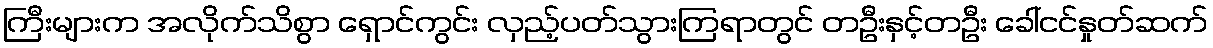
ကြီးများက အလိုက်သိစွာ ရှောင်ကွင်း လှည့်ပတ်သွားကြရာတွင် တဦးနှင့်တဦး ခေါ်ငင်နှုတ်ဆက်